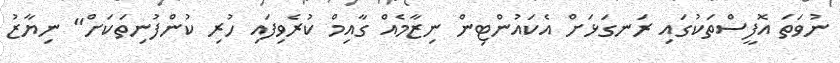
ނުވަތަ އޮފީސްތަކުގައި ރަނގަޅަށް އެކައުންޓިން ނިޒާމެއް ގާއިމް ކުރެވިފައި ހުރި ކުންފުނިތަކަށް" ނިޔާޒު